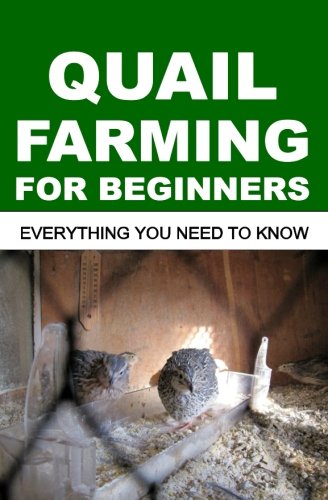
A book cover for Quail Farming For Beginners: Everything You Need To Know; Francis Okumu; Crafts, Hobbies & Home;